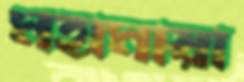
মহামায়া